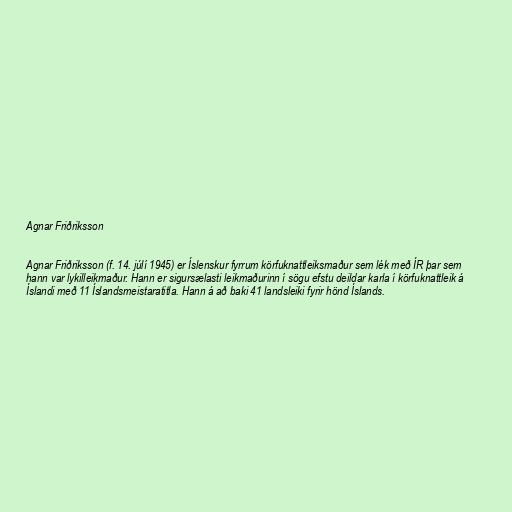
Agnar Friðriksson

Agnar Friðriksson (f. 14. júlí 1945) er Íslenskur fyrrum körfuknattleiksmaður sem lék með ÍR þar sem
hann var lykilleikmaður. Hann er sigursælasti leikmaðurinn í sögu efstu deildar karla í körfuknattleik á
Íslandi með 11 Íslandsmeistaratitla. Hann á að baki 41 landsleiki fyrir hönd Íslands.